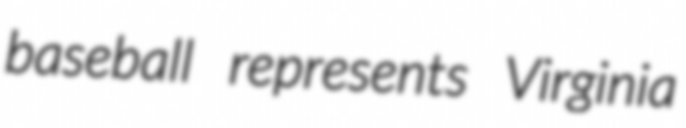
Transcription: baseball represents Virginia